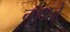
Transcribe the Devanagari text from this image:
नमाजे